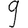
Digit: 9